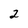
Character: 2